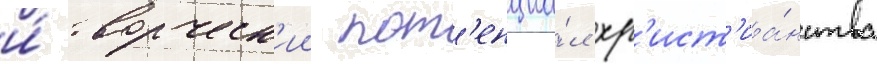
и́ творческ'ии пот'енциа́л хр'ист'иа́нства